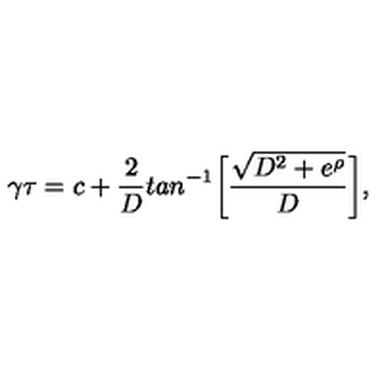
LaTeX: \gamma \tau = c + { \frac { 2 } { D } } t a n ^ { - 1 } \biggl [ { \frac { \sqrt { D ^ { 2 } + e ^ { \rho } } } { D } } \biggr ] ,